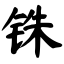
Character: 铢